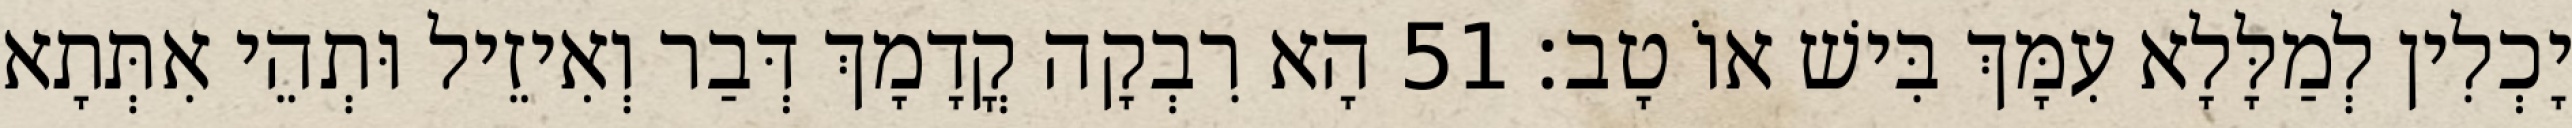
יָכְלִין לְמַלָּלָא עִמָּךְ בִּישׁ אוֹ טָב׃ 51 הָא רִבְקָה קֳדָמָךְ דְּבַר וְאִיזֵיל וּתְהֵי אִתְּתָא